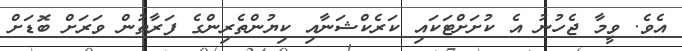
އެވެ. ވީމާ ޖެހުނު އެ ކުށަށްޓަކައި ކަރެކްޝަނާއި ކިޔުންތެރިންގެ ފަރާތުން ވަރަށް ބޮޑަށް